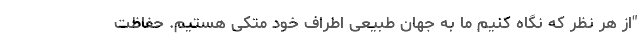
"از هر نظر که نگاه کنیم ما به جهان طبیعی اطراف خود متکی هستیم. حفاظت